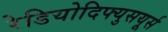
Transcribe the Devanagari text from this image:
रेडियोदिफ्युसयूर्स